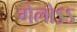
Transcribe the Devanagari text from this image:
गेलोऽऽ